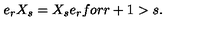
e _ { r } X _ { s } = X _ { s } e _ { r } f o r r + 1 > s .